Plague in India, 1896, 1897 - Volume 3
Year: 1896
Disease focus: Plague
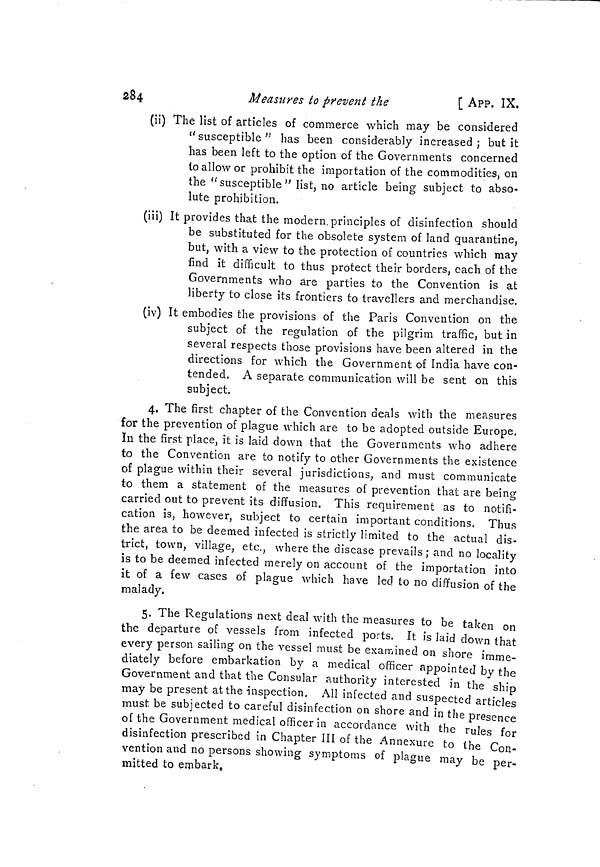
284
Measures to prevent the
[ APP. IX.
(ii) The list of articles of commerce which may be considered
" susceptible " has been considerably increased ; but it
has been left to the option of the Governments concerned
to allow or prohibit the importation of the commodities, on
the "susceptible " list, no article being subject to abso-
lute prohibition.
(iii) It provides that the modern, principles of disinfection should
be substituted for the obsolete system of land quarantine,
but, with a view to the protection of countries which may
find it difficult to thus protect their borders, each of the
Governments who are parties to the Convention is at
liberty to close its frontiers to travellers and merchandise.
(iv) It embodies the provisions of the Paris Convention on the
subject of the regulation of the pilgrim traffic, but in
several respects those provisions have been altered in the
directions for which the Government of India have con-
tended. A separate communication will be sent on this
subject.
4. The first chapter of the Convention deals with the measures
for the prevention of plague which are to be adopted outside Europe.
In the first place, it is laid down that the Governments who adhere
to the Convention are to notify to other Governments the existence
of plague within their several jurisdictions, and must communicate
to them a statement of the measures of prevention that are being
carried out to prevent its diffusion. This requirement as to notifi-
cation is, however, subject to certain important conditions. Thus
the area to be deemed infected is strictly limited to the actual dis-
trict, town, village, etc., where the disease prevails ; and no locality
is to be deemed infected merely on account of the importation into
it of a few cases of plague which have led to no diffusion of the
malady.
5. The Regulations next deal with the measures to be taken on
the departure of vessels from infected ports. It is laid down that
every person sailing on the vessel must be examined on shore imme-
diately before embarkation by a medical officer appointed bv the
Government and that the Consular authority interested in the'ship
may be present at the inspection. All infected and suspected articles
must be subjected to careful disinfection on shore and in the presence
of the Government medical officer in accordance with the rules for
disinfection prescribed in Chapter III of the Annexure to the Con-
vention and no persons showing symptoms of plague may be per-
mitted to embark.